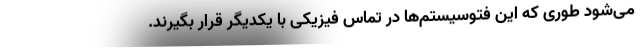
می‌شود طوری که این فتوسیستم‌ها در تماس فیزیکی با یکدیگر قرار بگیرند.